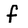
Character: f